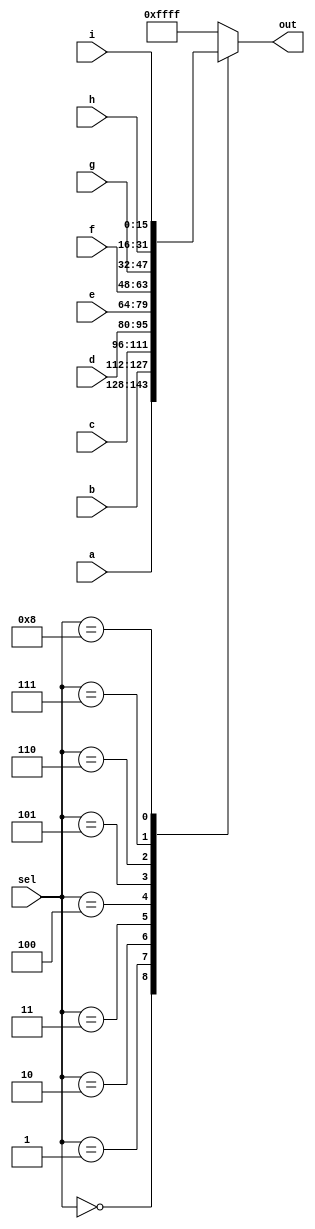
module top_module( 
    input [15:0] a, b, c, d, e, f, g, h, i,
    input [3:0] sel,
    output reg [15:0] out );
    
    always @(*) begin
        case(sel)
            4'd0 : out = a;
            4'd1 : out = b;
            4'd2 : out = c;
            4'd3 : out = d;
            4'd4 : out = e;
            4'd5 : out = f;
            4'd6 : out = g;
            4'd7 : out = h;
            4'd8 : out = i;
            default : out = {16{1'b1}};
        endcase
    end
endmodule